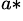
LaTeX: ^{a*}